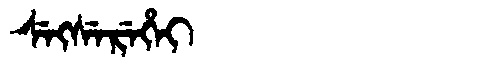
Manchu: ᠰᡝᡴᠰᡝᡵᡝᡥᡝᡳ
Romanization: SEKSEREHEI